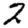
Digit: 2